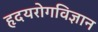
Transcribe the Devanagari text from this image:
हृदयरोगविज्ञान